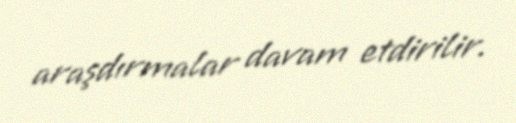
araşdırmalar davam etdirilir.